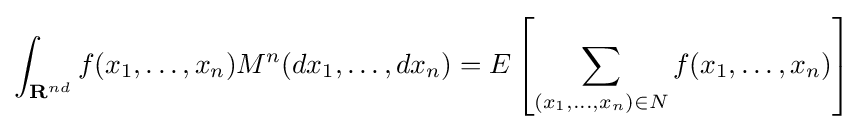
\int _{{\textbf {R}}^{nd}}f(x_{1},\dots ,x_{n})M^{n}(dx_{1},\dots ,dx_{n})=E\left[\sum _{(x_{1},\dots ,x_{n})\in {N}}f(x_{1},\dots ,x_{n})\right]